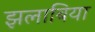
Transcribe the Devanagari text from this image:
झलाबिया